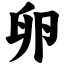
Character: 卵